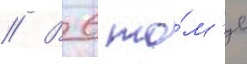
// В 6 то́м'е